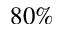
8 0 \%